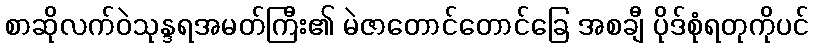
စာဆိုလက်ဝဲသုန္ဒရအမတ်ကြီး၏ မဲဇာတောင်တောင်ခြေ အစချီ ပိုဒ်စုံရတုကိုပင်